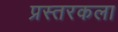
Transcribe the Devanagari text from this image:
प्रस्तरकला